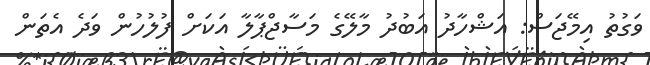
ވަގުތު އިމޭޖަސް: އަޝްހާދު އަބުދު މާލޭގެ މަސާޖްޕާލާ އަކަށް ފުލުހުން ވަދެ އެތަން